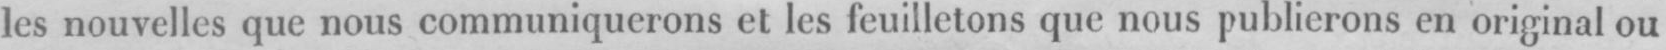
les nouvelles que nous communiquerons et les feuilletons que nous publierons en original ou